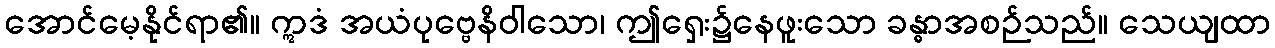
အောင်မေ့နိုင်ရာ၏။ ဣဒံ အယံပုဗ္ဗေနိဝါသော၊ ဤရှေး၌နေဖူးသော ခန္ဓာအစဉ်သည်။ သေယျထာ